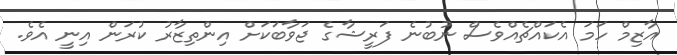
އާޒިމް ހަމަ އެކައްޗެއްވެސް ނުބުނެ ފަރީޝާގެ ޖަވާބަކަށް އިންތިޒާރު ކުރަން އިނީ އެވެ.